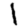
Digit: 1